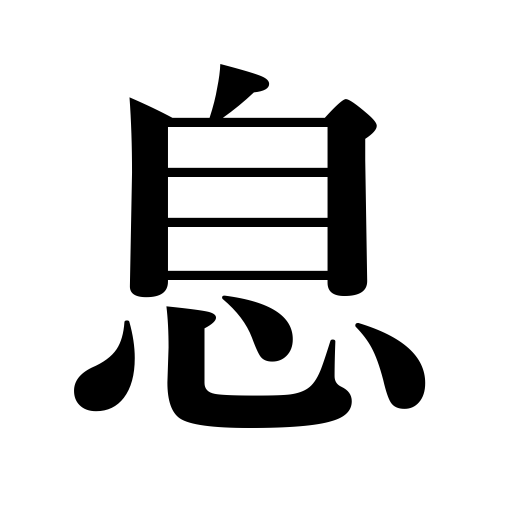
Meanings: respiration,interest on money,son,breath